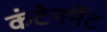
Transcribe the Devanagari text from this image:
कंटेनमेंट